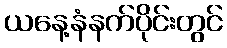
ယနေ့နံနက်ပိုင်းတွင်